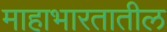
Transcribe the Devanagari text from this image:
माहाभारतातील